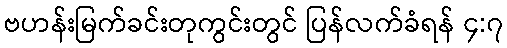
ဗဟန်းမြက်ခင်းတုကွင်းတွင် ပြန်လက်ခံရန် ၄:၇